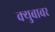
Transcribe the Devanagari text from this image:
क्युबावर